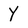
Character: Y